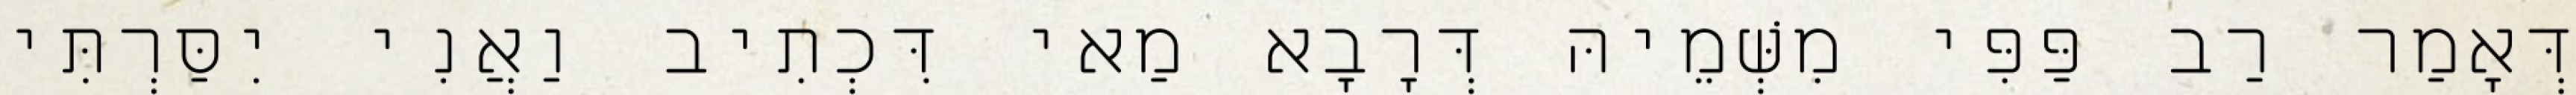
דְּאָמַר רַב פַּפִּי מִשְּׁמֵיהּ דְּרָבָא מַאי דִּכְתִיב וַאֲנִי יִסַּרְתִּי